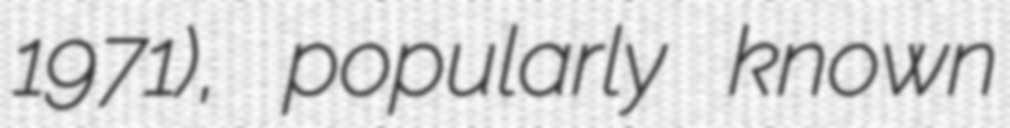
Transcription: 1971), popularly known